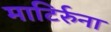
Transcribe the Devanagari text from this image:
माटिर्रुना